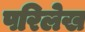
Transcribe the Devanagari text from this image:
परिलेख